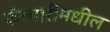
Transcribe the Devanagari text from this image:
कॅल्गारीमधील